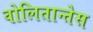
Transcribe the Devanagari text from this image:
वोलितान्तेस